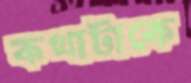
কথাটাকে